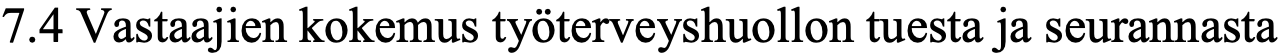
7.4 Vastaajien kokemus työterveyshuollon tuesta ja seurannasta